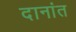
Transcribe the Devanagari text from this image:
दानांत